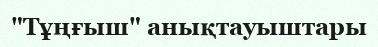
"Тұңғыш" анықтауыштары